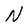
Character: N